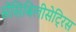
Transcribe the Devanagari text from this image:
सेंसिबिलीसेट्रिस